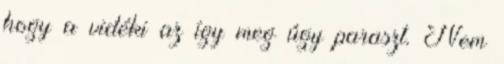
hogy a vidéki az így meg úgy paraszt. Nem